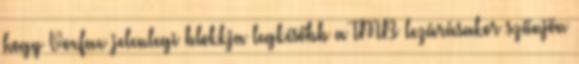
hogy Voxfax jelenlegi blokkja legkésőbb a TMB lezárásakor szűnjön